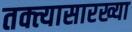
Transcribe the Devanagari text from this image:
तक्त्यासारख्या